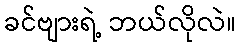
ခင်ဗျားရဲ့ ဘယ်လိုလဲ။